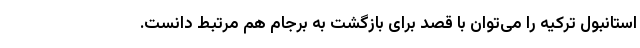
استانبول ترکیه را می‌توان با قصد برای بازگشت به برجام هم مرتبط دانست.